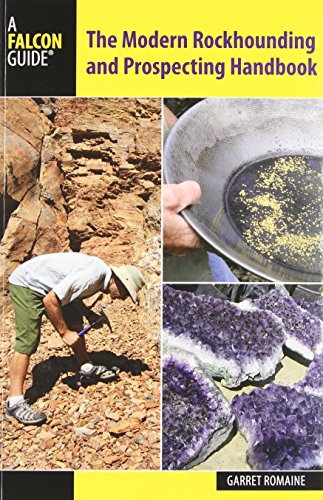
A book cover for Modern Rockhounding and Prospecting Handbook (Falcon Guides); Garret Romaine; Science & Math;